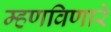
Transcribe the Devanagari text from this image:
म्हणविणारे